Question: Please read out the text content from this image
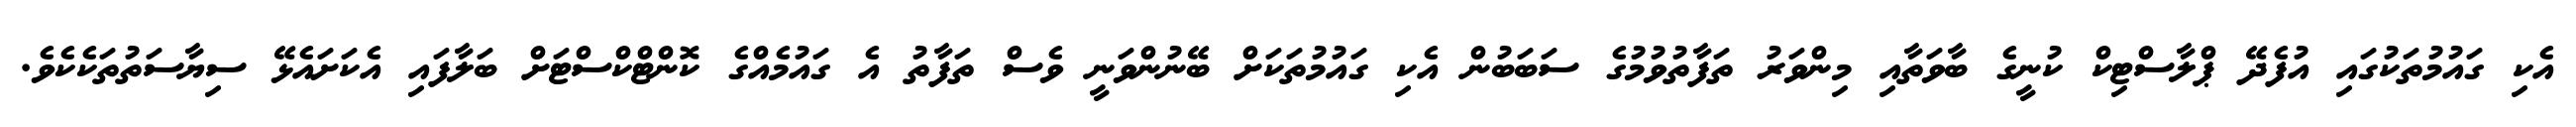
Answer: އެކި ގައުމުތަކުގައި އުފެދޭ ޕްލާސްޓިކް ކުނީގެ ބާވަތާއި މިންވަރު ތަފާތުވުމުގެ ސަބަބުން އެކި ގައުމުތަކަށް ބޭނުންވަނީ ވެސް ތަފާތު އެ ގައުމެއްގެ ކޮންޓްކްސްޓަށް ބަލާފައި އެކަށައެޅޭ ސިޔާސަތުތަކެކެވެ.